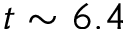
t \sim 6 . 4